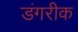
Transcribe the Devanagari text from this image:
डंगरीक